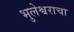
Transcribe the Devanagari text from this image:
भुलेश्वराचा